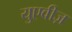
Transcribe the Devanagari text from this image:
युएवीज़